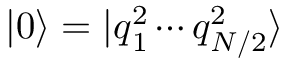
| 0 \rangle = | \boldsymbol { q } _ { 1 } ^ { 2 } \cdots \boldsymbol { q } _ { N / 2 } ^ { 2 } \rangle